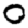
Digit: 0